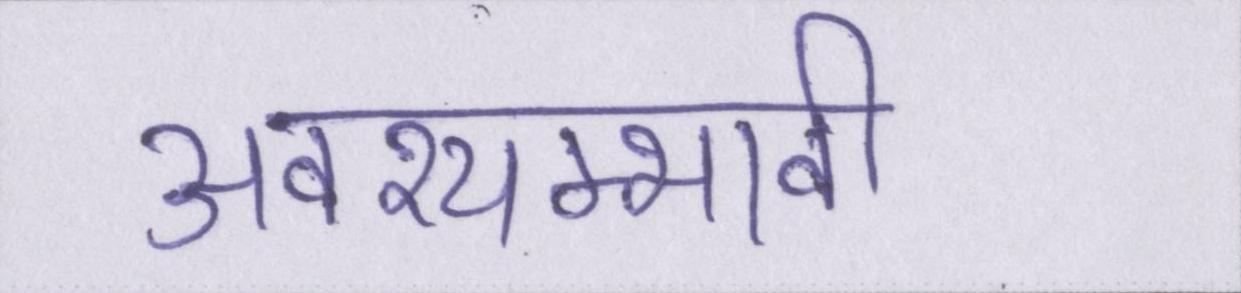
अवश्यम्भावी